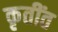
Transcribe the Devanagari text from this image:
कृतींत